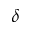
\delta